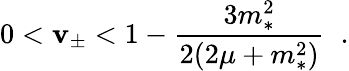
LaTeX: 0<\mathbf{v}_{\pm}<1-\frac{{3m_{*}^{2}}}{{2(2\mu+m_{*}^{2})}}\; \; .